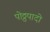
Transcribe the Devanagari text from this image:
पोठ्ठपादो